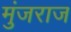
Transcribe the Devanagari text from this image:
मुंजराज